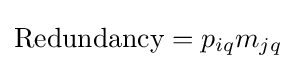
{\text{Redundancy}}=p_{iq}m_{jq}